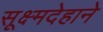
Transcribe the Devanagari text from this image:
सूक्ष्मदेहाने